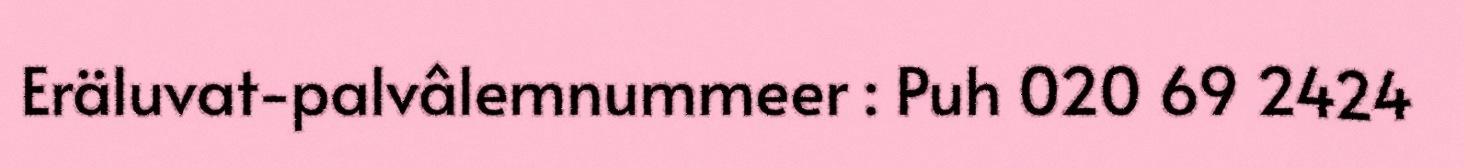
Eräluvat-palvâlemnummeer : Puh 020 69 2424